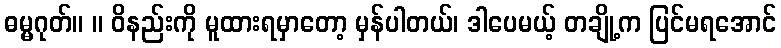
ဓမ္မဂုတ်။ ။ ဝိနည်းကို မူထားရမှာတော့ မှန်ပါတယ်၊ ဒါပေမယ့် တချို့က ပြင်မရအောင်